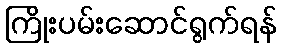
ကြိုးပမ်းဆောင်ရွက်ရန်